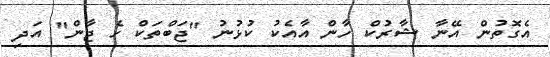
އެގޮތުން އޭނާ ޝާރުކް ހާން އާއެކު ކުޅުނު "ޖަބްތަކް ހެ ޖާން" އަދި